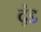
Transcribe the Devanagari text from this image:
द्ंड